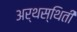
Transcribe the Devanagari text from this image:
अर्थस्थिती